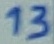
Text: 13